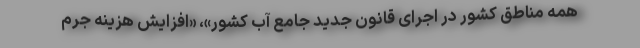
همه مناطق کشور در اجرای قانون جدید جامع آب کشور»، «افزایش هزینه جرم